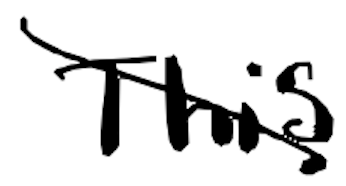
Text: This
Cross-out: diagonal
Writing tool: digital_black